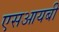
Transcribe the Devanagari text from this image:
एसआयबी